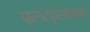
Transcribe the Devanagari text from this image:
प्रस्रवण